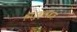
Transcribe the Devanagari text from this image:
निरुक्तवत